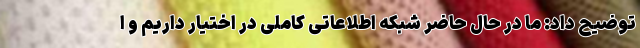
توضیح داد: ما در حال حاضر شبکه اطلاعاتی کاملی در اختیار داریم و ا